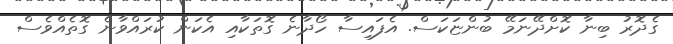
ގެދޮރު ބިނާ ކޮށްދޭނަމޭ ބުންޏަކަސް. އެފައިސާ ހޯދާނެ ގޮތަކާއި އެކަން ކުރައްވާނެ ގޮތެއްވެސް